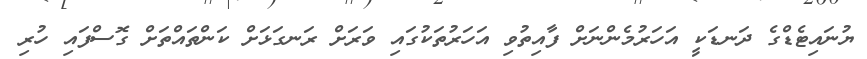
ޔުނައިޓެޑްގެ ދަނޑަކީ އަހަރުމެންނަށް ފާއިތުވި އަހަރުތަކުގައި ވަރަށް ރަނގަޅަށް ކަންތައްތަށް ގޮސްފައި ހުރި